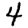
Digit: 4